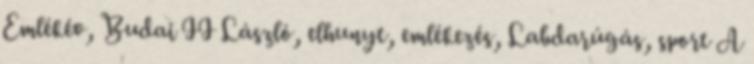
Emlékév, Budai II László, elhunyt, emlékezés, Labdarúgás, sport A